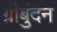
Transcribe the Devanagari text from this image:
ग्रौबुंदन